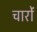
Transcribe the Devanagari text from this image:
चारोंं